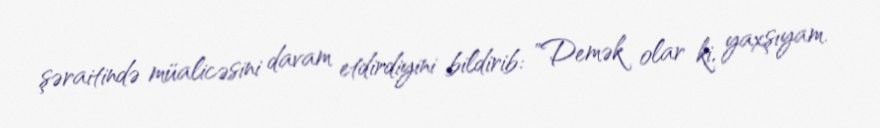
şəraitində müalicəsini davam etdirdiyini bildirib: "Demək olar ki, yaxşıyam.